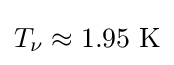
T_{\nu }\approx 1.95~{\text{K}}